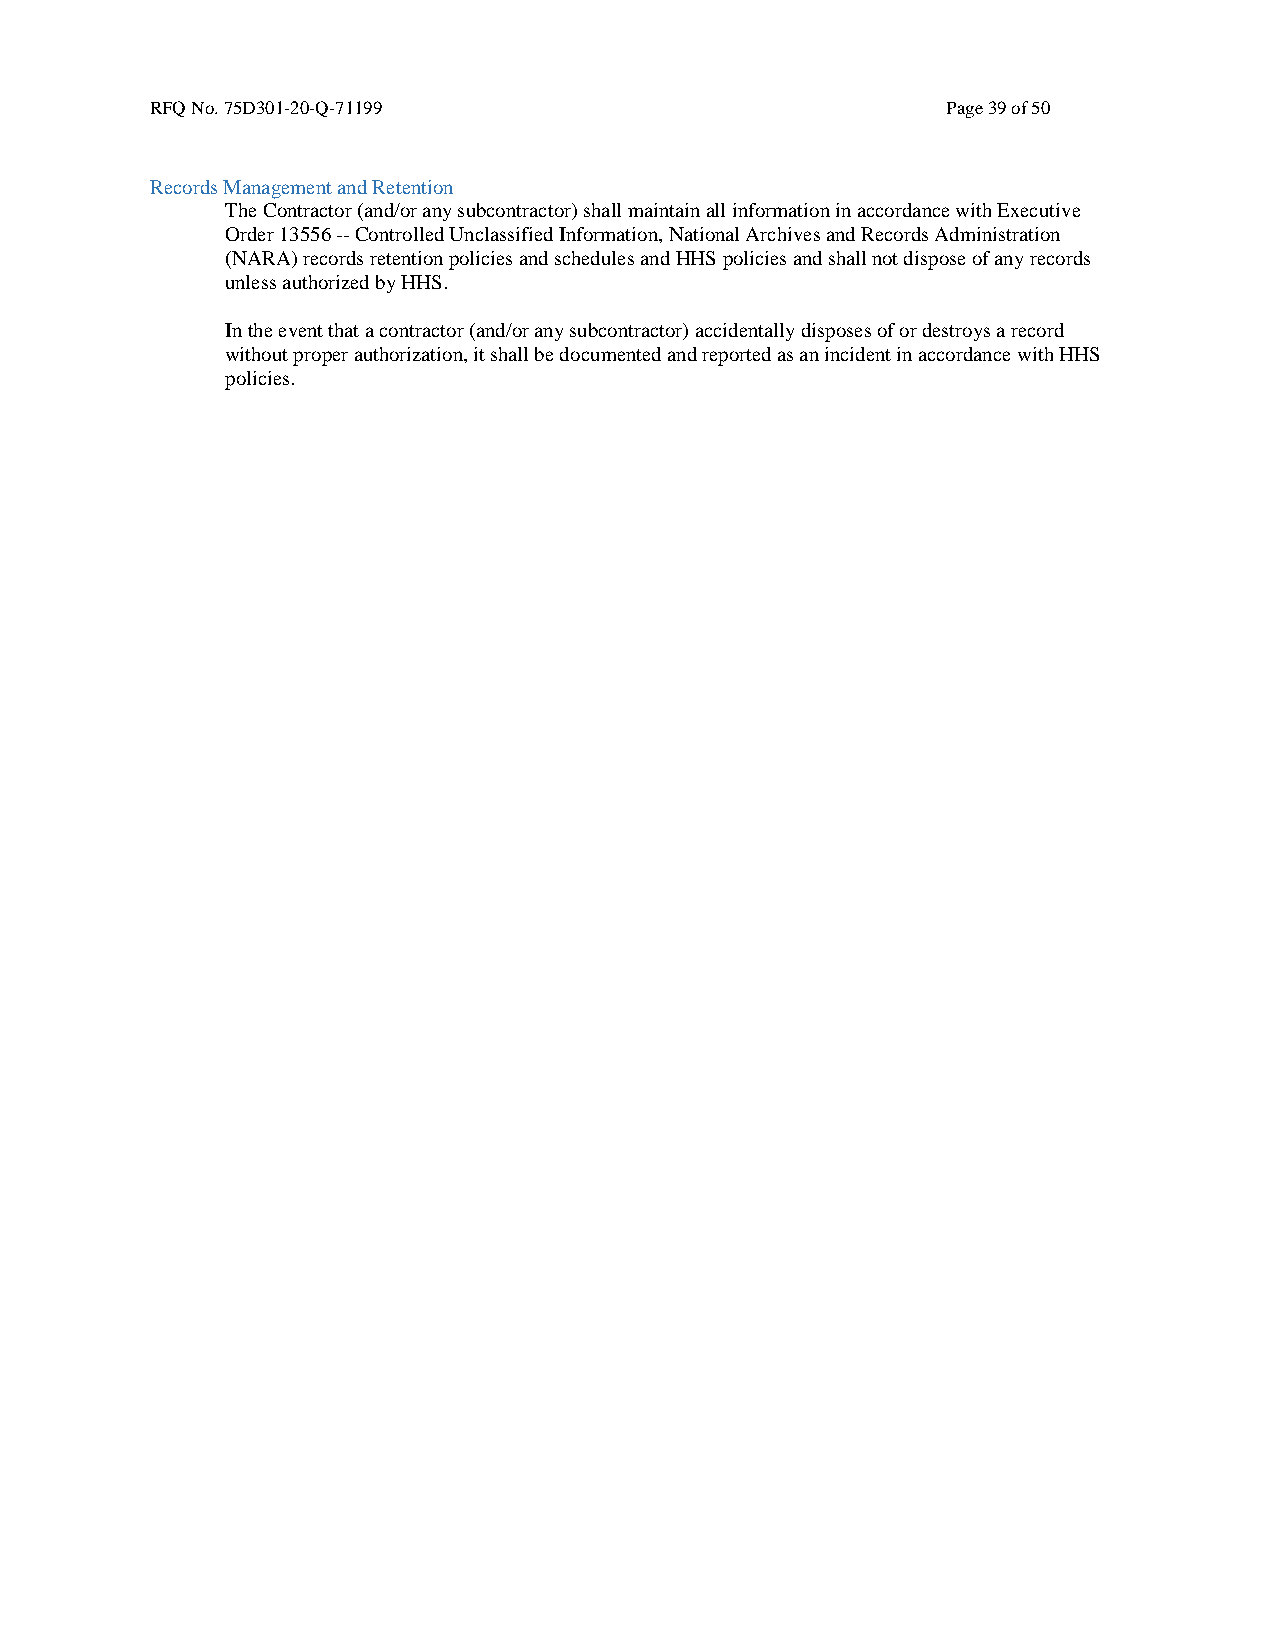
RFQ No. 75D301-20-Q-71199                            Page 39 of 50
 Records Management and Retention
 The Contractor (and/or any subcontractor) shall maintain all information in accordance with Executive
 Order 13556 -- Controlled Unclassified Information, National Archives and Records Administration
 (NARA) records retention policies and schedules and HHS policies and shall not dispose of any records
 unless authorized by HHS.
 In the event that a contractor (and/or any subcontractor) accidentally disposes of or destroys a record
 without proper authorization, it shall be documented and reported as an incident in accordance with HHS
 policies.